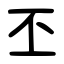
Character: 丕